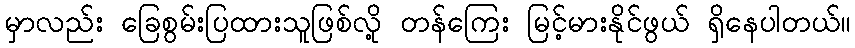
မှာလည်း ခြေစွမ်းပြထားသူဖြစ်လို့ တန်ကြေး မြင့်မားနိုင်ဖွယ် ရှိနေပါတယ်။